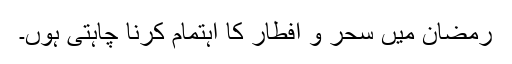
رمضان میں سحر و افطار کا اہتمام کرنا چاہتی ہوں۔